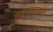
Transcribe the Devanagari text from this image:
तापवाव्या